Summary of work carried on by Mr Hankin - Part III
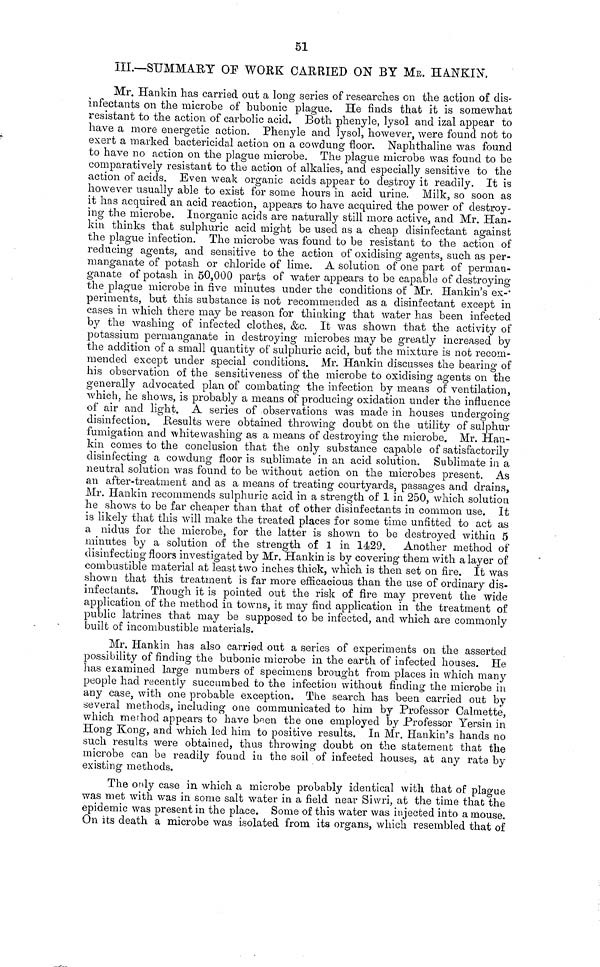
51
III.—SUMMARY OF WORK CARRIED ON BY ME. HANKIN.
Mr. Hankin has carried out a long series of researches on the action of dis-
infectants on the microbe of bubonic plague. He finds that it is somewhat
resistant to the action of carbolic acid. Both phenyle, lysol and izal appear to
have a more energetic action. Phenyle and lysol, however, were found not to
exert a marked bactericidal action on a cowdung floor. Naphthaline was found
to have no action on the plague microbe. The plague microbe was found to be
comparatively resistant to the action of alkalies, and especially sensitive to the
action of acids. Even weak organic acids appear to destroy it readily. It is
however usually able to exist for some hours in acid urine. Milk, so soon as
it has acquired an acid reaction, appears to have acquired the power of destroy-
ing the microbe. Inorganic acids are naturally still more active, and Mr. Han-
kin thinks that sulphuric acid might be used as a cheap disinfectant against
the plague infection. The microbe was found to be resistant to the action of
reducing agents, and sensitive to the action of oxidising agents, such as per-
manganate of potash or chloride of lime. A solution of one part of perman-
ganate of potash in 50,000 parts of water appears to be capable of destroying
the plague microbe in five minutes under the conditions of Mr. Hankin's ex-
periments, but this substance is not recommended as a disinfectant except in
cases in which there may be reason for thinking that water has been infected
by the washing of infected clothes, &c. It was shown that the activity of
potassium permanganate in destroying microbes may be greatly increased by
the addition of a small quantity of sulphuric acid, but the mixture is not recom-
mended except under special conditions. Mr. Hankin discusses the bearing of
his observation of the sensitiveness of the microbe to oxidising agents on the
generally advocated plan of combating the infection by means of ventilation,
which, he shows, is probably a means of producing oxidation under the influence
of air and light. A series of observations was made in houses undergoing
disinfection. Results were obtained throwing doubt on the utility of sulphur
fumigation and whitewashing as a means of destroying the microbe. Mr. Han-
kin comes to the conclusion that the only substance capable of satisfactorily
disinfecting a cowdung floor is sublimate in an acid solution. Sublimate in a
neutral solution was found to be without action on the microbes present. As
an after-treatment and as a means of treating courtyards, passages and drains,
Mr. Hankin recommends sulphuric acid in a strength of 1 in 250, which solution
he shows to be far cheaper than that of other disinfectants in common use. It
is likely that this will make the treated places for some time unfitted to act as
a nidus for the microbe, for the latter is shown to be destroyed within 5
minutes by a solution of the strength of 1 in 1429. Another method of
disinfecting floors investigated by Mr. Hankin is by covering- them with a layer of
combustible material at least two inches thick, which is then set on fire. It was
shown that this treatment is far more efficacious than the use of ordinary dis-
infectants. Though it is pointed out the risk of fire may prevent the wide
application of the method in towns, it may find application in the treatment of
public latrines that may be supposed to be infected, and which are commonly
built of incombustible materials.
Mr. Hankin has also carried out a series of experiments on the asserted
possibility of finding the bubonic microbe in the earth of infected houses. He
has examined large numbers of specimens brought from places in which many
people had recently succumbed to the infection without finding the microbe in
any case, with one probable exception. The search has been carried out by
several methods, including one communicated to him by Professor Calmette,
which method appears to have been the one employed by Professor Yersin in
Hong Kong, and which led him to positive results. In Mr. Hankin's hands no
such results were obtained, thus throwing doubt on the statement that the
microbe can be readily found in the soil of infected houses, at any rate by
existing methods.
The only case in which a microbe probably identical with that of plague
was met with was in some salt water in a field near Siwri, at the time that the
epidemic was present in the place. Some of this water was injected into a mouse.
On its death a microbe was isolated from its organs, which resembled that of